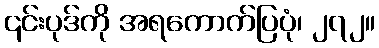
၎င်းပုဒ်ကို အရကောက်ပြပုံ၊ ၂၇၂။